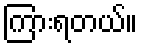
ကြားရတယ်။